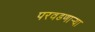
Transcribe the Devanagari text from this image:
परवडणार्‍या